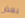
بعض